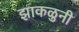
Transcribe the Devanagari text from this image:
झाकळुनी